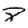
Digit: 8